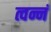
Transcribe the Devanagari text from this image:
त्वन्नं